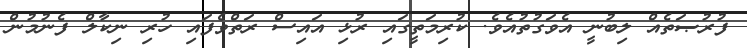
ފުރުޞަތެއް ލިބުނީ އެވަގުތުއެވެ. ކުރިމަތީގައި ރުޅި އައިސް ރަތްވެފައި ހުރި ނިކާލް ފެނުމުން